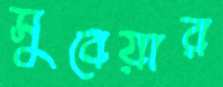
সুবেয়ার